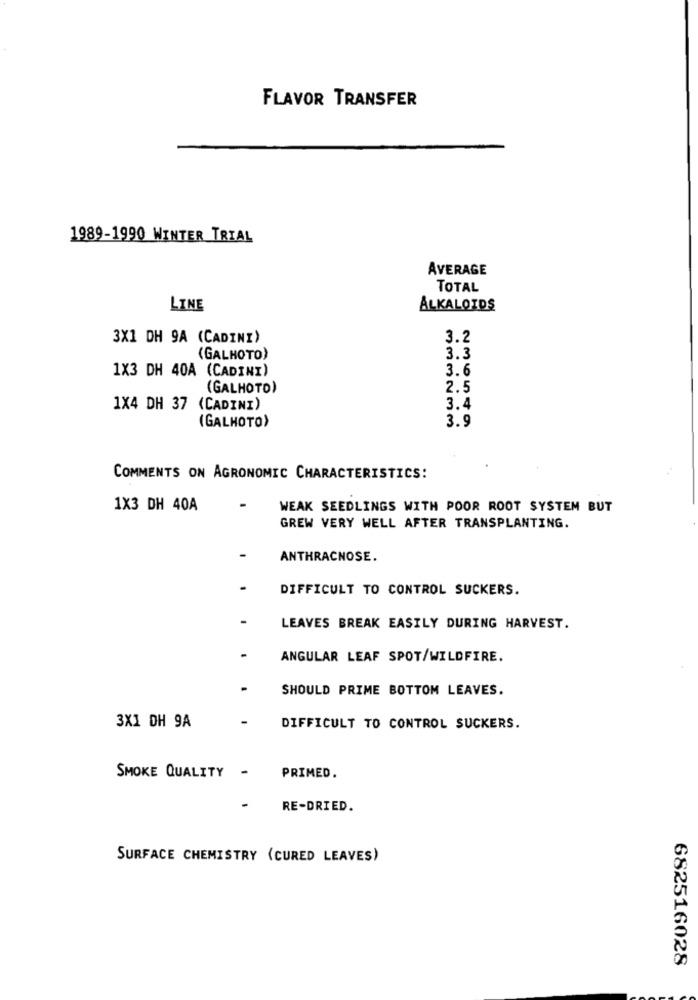
FLAVOR TRANSFER
1989-1990 WINTER TRIAL
AVERAGE
TOTAL
LINE
ALKALOIDS
3X1 DH 9A (CADINI)
3.2
(GALHOTO)
3.3
1X3 DH 40A (CADINI)
3.6
(GALHOTO)
2.5
1X4 DH 37 (CADINI)
3.4
(GALHOTO)
3.9
COMMENTS ON AGRONOMIC CHARACTERISTICS!
1X3 DH 40A
WEAK SEEDLINGS WITH POOR ROOT SYSTEM BUT
GREW VERY WELL AFTER TRANSPLANTING.
ANTHRACNOSE.
DIFFICULT TO CONTROL SUCKERS.
LEAVES BREAK EASILY DURING HARVEST.
ANGULAR LEAF SPOT/WILDFIRE.
SHOULD PRIME BOTTOM LEAVES.
3X1 DH 9A
DIFFICULT TO CONTROL SUCKERS.
SMOKE QUALITY -
PRIMED.
RE-DRIED.
SURFACE CHEMISTRY (CURED LEAVES)
682516028